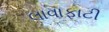
લાવાફાટી